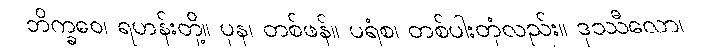
ဘိက္ခဝေ၊ ရဟန်းတို့။ ပုန၊ တစ်ဖန်။ ပရံစ၊ တစ်ပါးတုံလည်း။ ဒုဿီလော၊